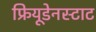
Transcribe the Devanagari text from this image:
फ्रियूडेनस्टाट